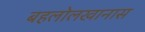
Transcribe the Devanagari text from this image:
बहलोलखानास